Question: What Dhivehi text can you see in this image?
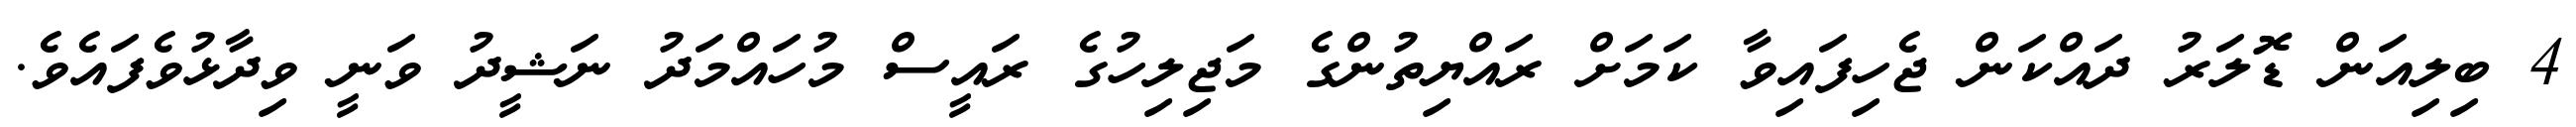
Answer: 4 ބިލިއަން ޑޮލަރު ދައްކަން ޖެހިފައިވާ ކަމަށް ރައްޔިތުންގެ މަޖިލިހުގެ ރައީސް މުހައްމަދު ނަޝީދު ވަނީ ވިދާޅުވެފައެވެ.